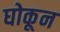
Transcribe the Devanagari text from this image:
घोकून